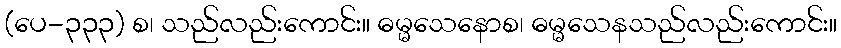
(ပေ-၃၃၃) စ၊ သည်လည်းကောင်း။ ဓမ္မသေနောစ၊ ဓမ္မသေနသည်လည်းကောင်း။